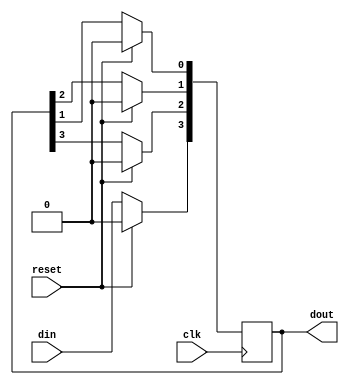
/////////////////////////////////////////
// Basil Skaria (20)                   // 
// S4 CSE                              //
// MITS                                // 
// Verilog codes of lab cycle          //
//                                     //
/////////////////////////////////////////
module SIPO ( din ,clk ,reset ,dout );

output [3:0] dout ;
wire [3:0] dout ;

input din ;
wire din ;
input clk ;
wire clk ;
input reset ;
wire reset ;
reg [3:0]s;

always @ (posedge (clk)) begin 
 if (reset)
  s <= 0;
 else begin
  s[3] <= din;
  s[2] <= s[3];
  s[1] <= s[2];
  s[0] <= s[1];
 end
end
assign dout = s;
endmodule

module tb();
	reg din, clk=0,reset;
	wire [3:0] dout;
	SIPO uut (.din(din),.dout(dout),.clk(clk),.reset(reset));
	always #1 clk=~clk;
	initial begin
		$dumpfile("sipo.vcd");
		$dumpvars;
		$display("din | dout");
		$monitor("%b   | %b",din,dout);
		reset=1'b0;#1
		reset=1'b1;#1
		reset=1'b0;#1
		din=1'b1;#1
		din=1'b1;#1
		din=1'b1;#1
		din=1'b1;#1
		din=1'b1;#1
		din=1'b1;#1
		din=1'b1;#1
		din=1'b1;#1
		din=1'b1;#1
		din=1'b1;#1
		din=1'b1;#1
#20 $finish;
	end
endmodule